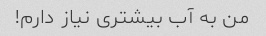
من به آب بیشتری نیاز دارم!